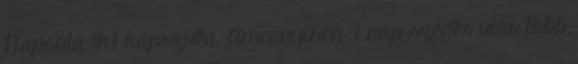
Naponta 4x1 kapszula. Amennyiben 4 nap szedés után több